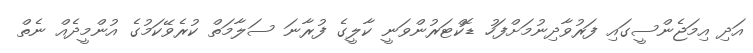
އަދި އިމަޖެންސީގައި ފަރުވާދިނުމަށްފަހު ޑޮކްޓަރުންވަނީ ކާލީގެ ފުރާނަ ސަލާމަތް ކުރެވޭކަމުގެ އުންމީދެއް ނެތް